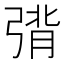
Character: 𰮴